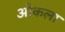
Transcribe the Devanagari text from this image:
ओकला